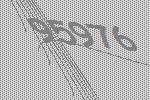
95976